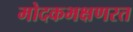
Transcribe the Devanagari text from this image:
मोदकभक्षणरत